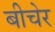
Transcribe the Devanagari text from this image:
बीचेर